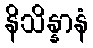
နိသိန္နာနံ